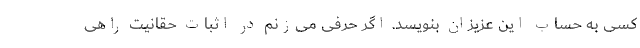
کسی به حساب این عزیزان بنویسد. اگر حرفی می‌زنم در اثبات حقانیت راهی